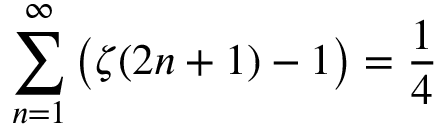
\sum _ { n = 1 } ^ { \infty } { \bigl ( } \zeta ( 2 n + 1 ) - 1 { \bigr ) } = { \frac { 1 } { 4 } }